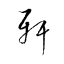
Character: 軒